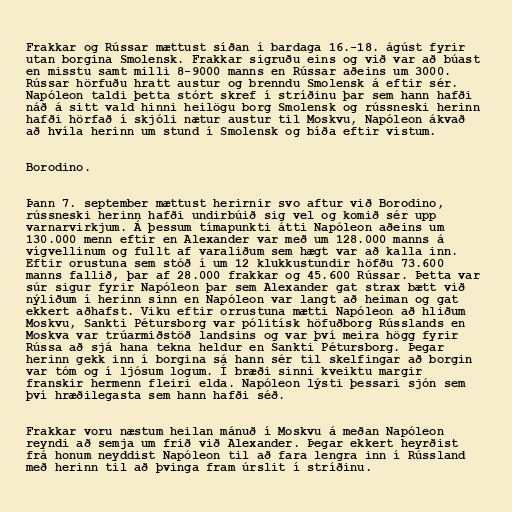
Frakkar og Rússar mættust síðan í bardaga 16.-18. ágúst fyrir
utan borgina Smolensk. Frakkar sigruðu eins og við var að búast
en misstu samt milli 8-9000 manns en Rússar aðeins um 3000.
Rússar hörfuðu hratt austur og brenndu Smolensk á eftir sér.
Napóleon taldi þetta stórt skref í stríðinu þar sem hann hafði
náð á sitt vald hinni heilögu borg Smolensk og rússneski herinn
hafði hörfað í skjóli nætur austur til Moskvu, Napóleon ákvað
að hvíla herinn um stund í Smolensk og bíða eftir vistum.

Borodino.

Þann 7. september mættust herirnir svo aftur við Borodino,
rússneski herinn hafði undirbúið sig vel og komið sér upp
varnarvirkjum. Á þessum tímapunkti átti Napóleon aðeins um
130.000 menn eftir en Alexander var með um 128.000 manns á
vígvellinum og fullt af varaliðum sem hægt var að kalla inn.
Eftir orustuna sem stóð í um 12 klukkustundir höfðu 73.600
manns fallið, þar af 28.000 frakkar og 45.600 Rússar. Þetta var
súr sigur fyrir Napóleon þar sem Alexander gat strax bætt við
nýliðum í herinn sinn en Napóleon var langt að heiman og gat
ekkert aðhafst. Viku eftir orrustuna mætti Napóleon að hliðum
Moskvu, Sankti Pétursborg var pólitísk höfuðborg Rússlands en
Moskva var trúarmiðstöð landsins og var því meira högg fyrir
Rússa að sjá hana tekna heldur en Sankti Pétursborg. Þegar
herinn gekk inn í borgina sá hann sér til skelfingar að borgin
var tóm og í ljósum logum. Í bræði sinni kveiktu margir
franskir hermenn fleiri elda. Napóleon lýsti þessari sjón sem
því hræðilegasta sem hann hafði séð.

Frakkar voru næstum heilan mánuð í Moskvu á meðan Napóleon
reyndi að semja um frið við Alexander. Þegar ekkert heyrðist
frá honum neyddist Napóleon til að fara lengra inn í Rússland
með herinn til að þvinga fram úrslit í stríðinu.